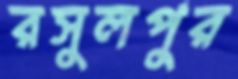
রসুলপুর